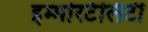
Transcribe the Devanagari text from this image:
इम्मोरटेलिटी